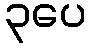
၃ပေ